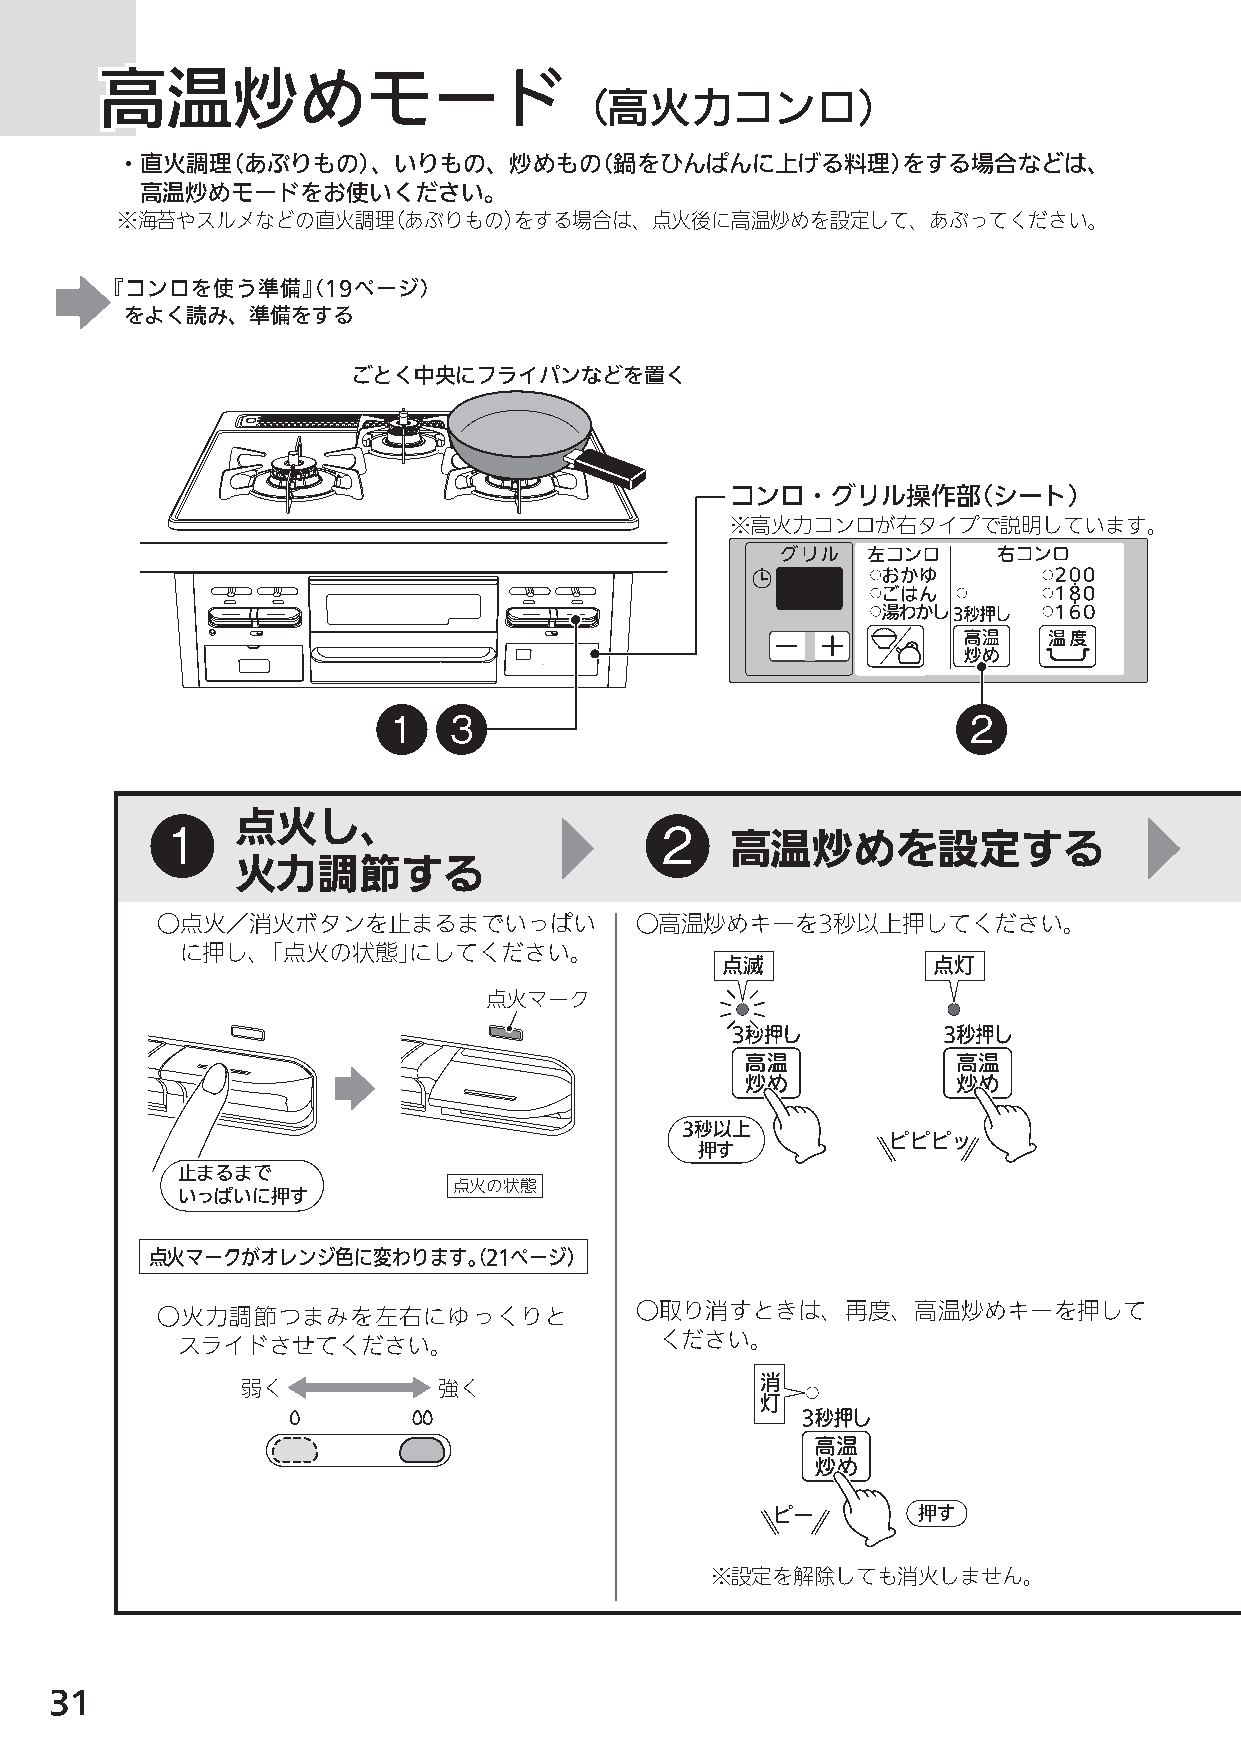
高高高温温温炒炒炒めめめモモモーーードドド
 （高火力コンロ）
 ・直火調理（あぶりもの）、いりもの、炒めもの（鍋をひんぱんに上げる料理）をする場合などは、
 高温炒めモードをお使いください。
 ※海苔やスルメなどの直火調理（あぶりもの）をする場合は、点火後に高温炒めを設定して、あぶってください。
 『コンロを使う準備』（19ページ）
 をよく読み、準備をする
 ごとく中央にフライパンなどを置く
 コンロ・グリル操作部（シート）
 ※高火力コンロが右タイプで説明しています。
 1   3                                 2
 点火し、
 1                                2
 高温炒めを設定する
 火力調節する
 ○点火／消火ボタンを止まるまでいっぱい             ○高温炒めキーを3秒以上押してください。
 に押し、「点火の状態」にしてください。
 点滅            点灯
 点火マーク
 3秒以上
 ピピピッ
 押す
 止まるまで
 点火の状態
 いっぱいに押す
 点火マークがオレンジ色に変わります。（21ページ）
 ○取り消すときは、再度、高温炒めキーを押して
 ○火力調節つまみを左右にゆっくりと
 ください。
 スライドさせてください。
 消
 弱く           強く
 灯
 ピー        押す
 ※設定を解除しても消火しません。
 31
 N3GN2RJT_取説_NR.indd 31                                                   2014/01/21 8:50:57